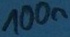
Text: 100n